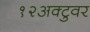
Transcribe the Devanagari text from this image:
१२अक्टुवर